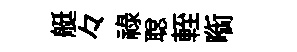
艇々禄聪輊㗸